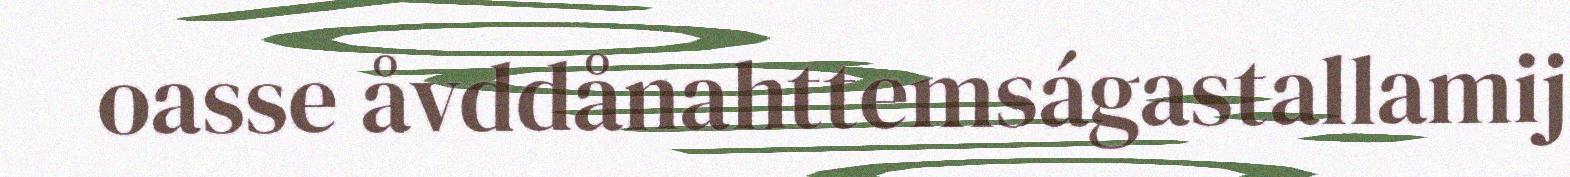
oasse åvddånahttemságastallamij